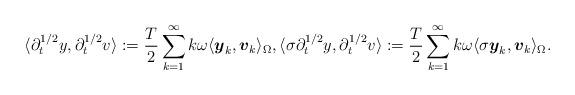
LaTeX: \begin{align*}\begin{aligned} \langle \partial^{1/2}_t y, \partial^{1/2}_t v \rangle := \frac{T}{2} \sum_{k=1}^{\infty} k \omega \langle\boldsymbol{y}_k,\boldsymbol{v}_k\rangle_{\Omega}, \langle\sigma \partial^{1/2}_t y, \partial^{1/2}_t v\rangle := \frac{T}{2} \sum_{k=1}^{\infty} k \omega \langle\sigma \boldsymbol{y}_k,\boldsymbol{v}_k\rangle_{\Omega}.\end{aligned}\end{align*}